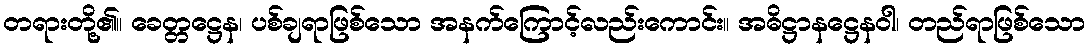
တရားတို့၏။ ခေတ္တဋ္ဌေန၊ ပစ်ချရာဖြစ်သော အနက်ကြောင့်လည်းကောင်း။ အဓိဋ္ဌာနဋ္ဌေနဝါ၊ တည်ရာဖြစ်သော